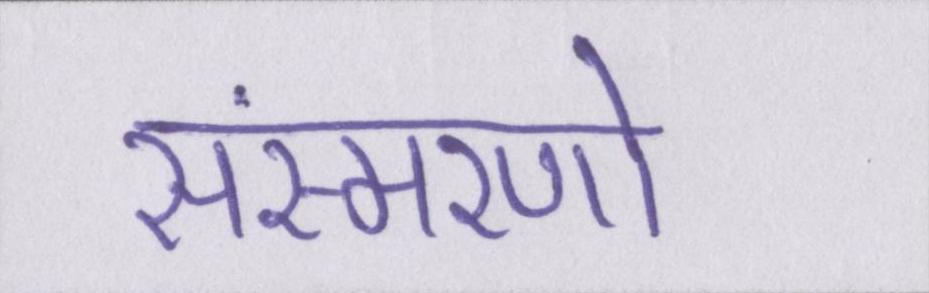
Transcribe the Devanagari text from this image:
संस्मरणो